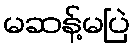
မဆန့်မပြဲ